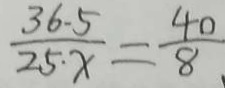
\frac { 3 6 \cdot 5 } { 2 5 \cdot x } = \frac { 4 0 } { 8 }